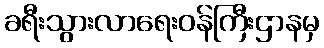
ခရီးသွားလာရေးဝန်ကြီးဌာနမှ